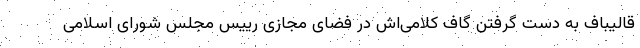
قالیباف به دست گرفتن گاف کلامی‌اش در فضای مجازی رییس مجلس شورای اسلامی